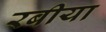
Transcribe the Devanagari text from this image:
रबीया